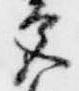
宮